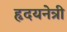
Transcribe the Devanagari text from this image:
हृदयनेत्री